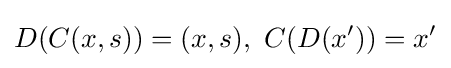
D(C(x,s))=(x,s),\ C(D(x'))=x'